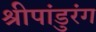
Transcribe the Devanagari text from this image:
श्रीपांडुरंग